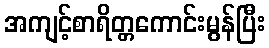
အကျင့်စာရိတ္တကောင်းမွန်ပြီး